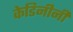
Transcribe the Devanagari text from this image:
केडिनीनी